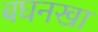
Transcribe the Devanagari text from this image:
बघनखा